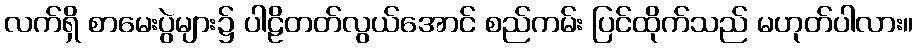
လက်ရှိ စာမေးပွဲများ၌ ပါဠိတတ်လွယ်အောင် စည်ကမ်း ပြင်ထိုက်သည် မဟုတ်ပါလား။